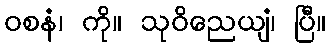
ဝစနံ၊ ကို။ သုဝိညေယျံ၊ ပြီ။